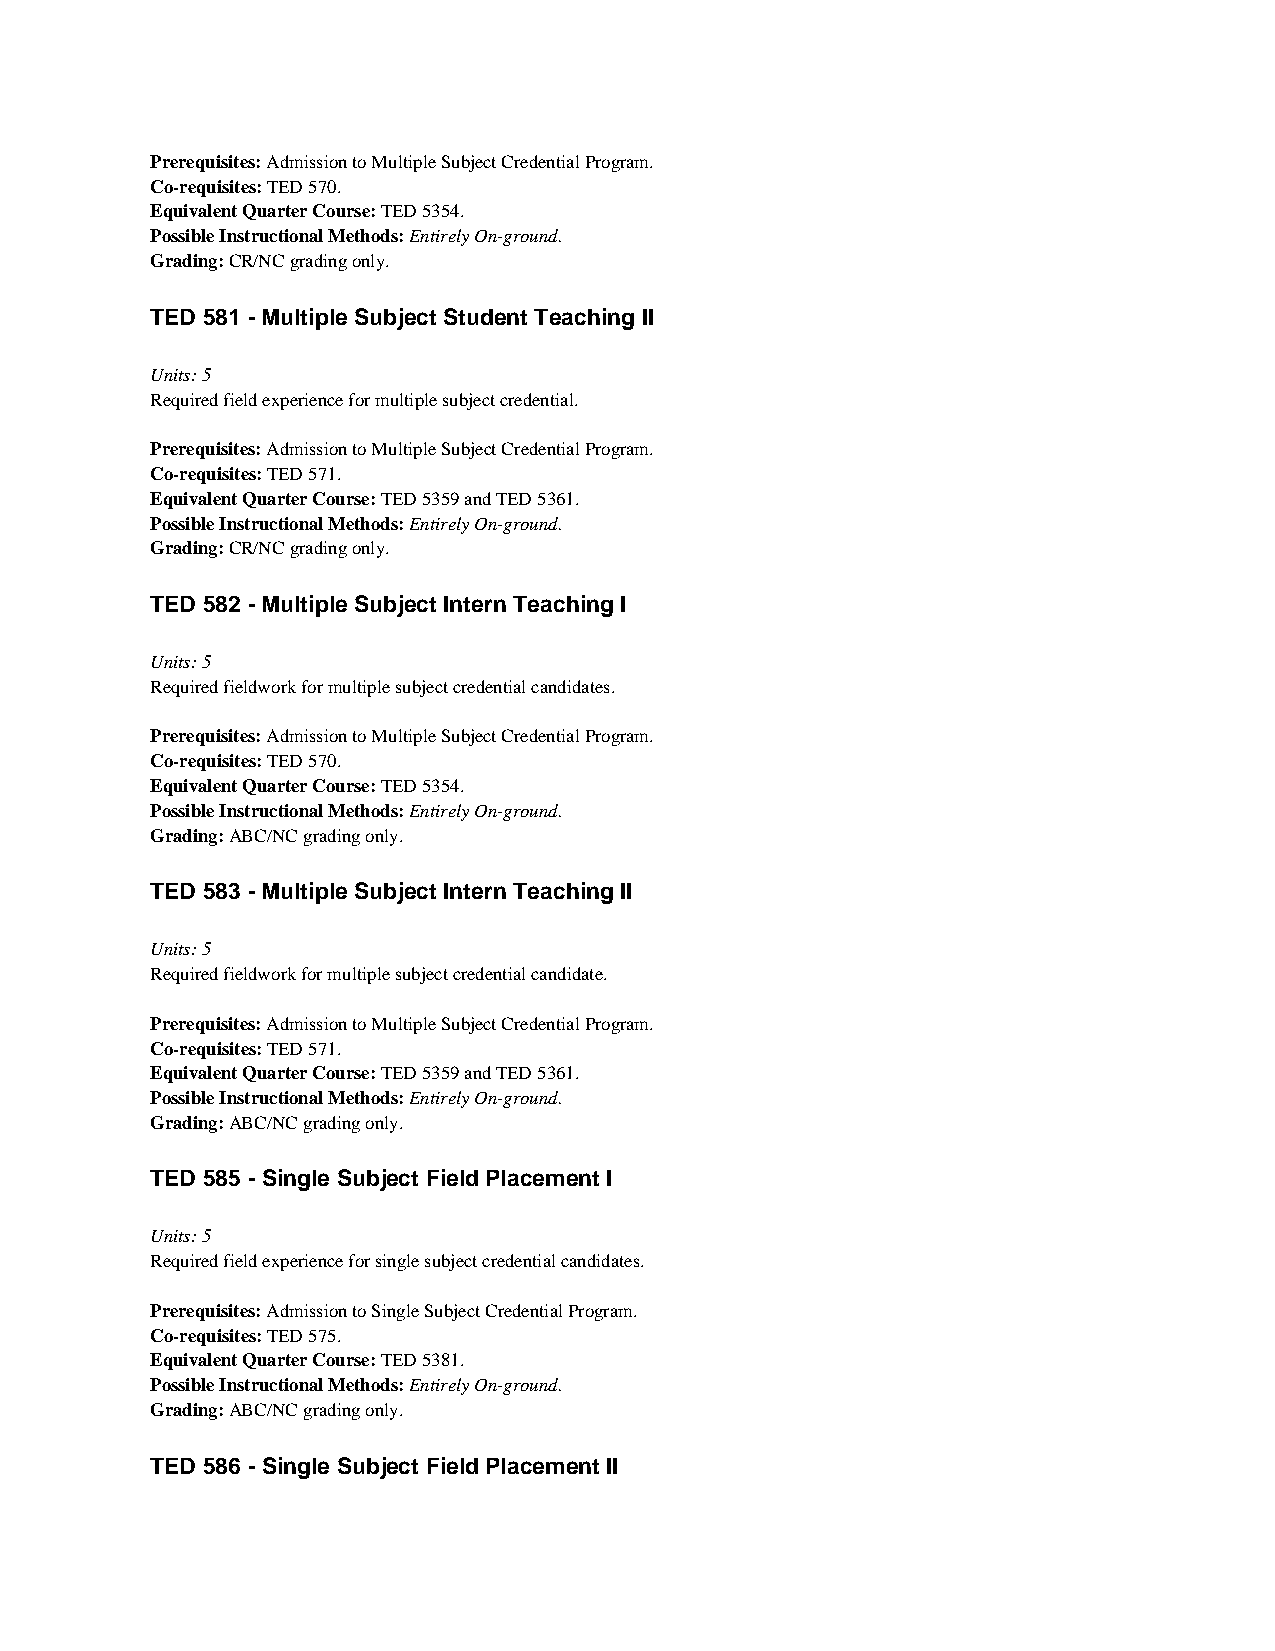
Prerequisites: Admission to Multiple Subject Credential Program.
 Co-requisites: TED 570.
 Equivalent Quarter Course: TED 5354.
 Possible Instructional Methods: Entirely On-ground.
 Grading: CR/NC grading only.
 TED 581 - Multiple Subject Student Teaching II
 Units: 5
 Required field experience for multiple subject credential.
 Prerequisites: Admission to Multiple Subject Credential Program.
 Co-requisites: TED 571.
 Equivalent Quarter Course: TED 5359 and TED 5361.
 Possible Instructional Methods: Entirely On-ground.
 Grading: CR/NC grading only.
 TED 582 - Multiple Subject Intern Teaching I
 Units: 5
 Required fieldwork for multiple subject credential candidates.
 Prerequisites: Admission to Multiple Subject Credential Program.
 Co-requisites: TED 570.
 Equivalent Quarter Course: TED 5354.
 Possible Instructional Methods: Entirely On-ground.
 Grading: ABC/NC grading only.
 TED 583 - Multiple Subject Intern Teaching II
 Units: 5
 Required fieldwork for multiple subject credential candidate.
 Prerequisites: Admission to Multiple Subject Credential Program.
 Co-requisites: TED 571.
 Equivalent Quarter Course: TED 5359 and TED 5361.
 Possible Instructional Methods: Entirely On-ground.
 Grading: ABC/NC grading only.
 TED 585 - Single Subject Field Placement I
 Units: 5
 Required field experience for single subject credential candidates.
 Prerequisites: Admission to Single Subject Credential Program.
 Co-requisites: TED 575.
 Equivalent Quarter Course: TED 5381.
 Possible Instructional Methods: Entirely On-ground.
 Grading: ABC/NC grading only.
 TED 586 - Single Subject Field Placement II